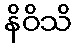
နိဝိသိ